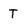
Character: T